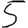
Digit: 5